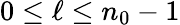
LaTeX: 0\leq\ell\leq n_{0}-1